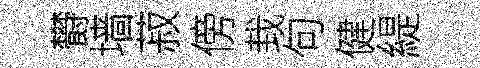
欎墙菽傍㘽句健緹